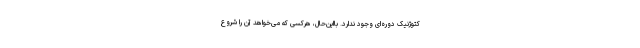
کتوژنیک دوره‌ای وجود ندارد. بااین‌حال، هرکسی که می‌خواهد آن را شروع